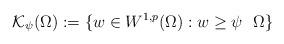
LaTeX: \begin{align*}\mathcal{K}_{\psi}(\Omega) := \{ w \in W^{1,p}(\Omega) : w \geq \psi \ \ \Omega \}\end{align*}